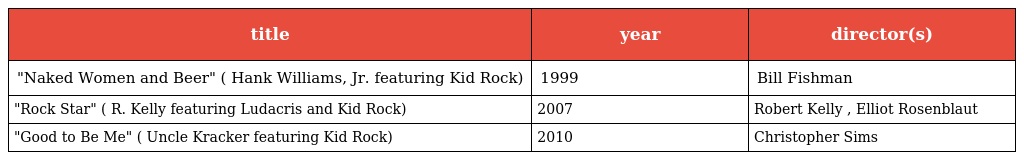
| title | year | director(s) |
 | --- | --- | --- |
 | "Naked Women and Beer" ( Hank Williams, Jr. featuring Kid Rock) | 1999 | Bill Fishman |
 | "Rock Star" ( R. Kelly featuring Ludacris and Kid Rock) | 2007 | Robert Kelly , Elliot Rosenblaut |
 | "Good to Be Me" ( Uncle Kracker featuring Kid Rock) | 2010 | Christopher Sims |